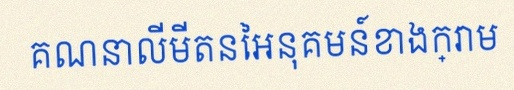
គណនាលីមីតនៃអនុគមន៍ខាងក្រោម